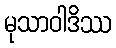
မုသာဝါဒိဿ